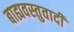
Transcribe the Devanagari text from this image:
बाह्यवस्तुवादी